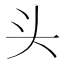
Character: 头